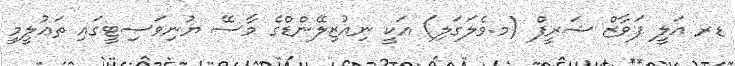
ޑރ އަލީ ފަވާޒް ޝަރީފް (މ.ވެލަގަލި) އަކީ ނިއުޒިލޭންޑްގެ މާސޭ ޔުނިވަސިޓީގައި ތަޢުލީމީ